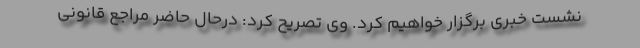
نشست خبری برگزار خواهیم کرد. وی تصریح کرد: درحال حاضر مراجع قانونی